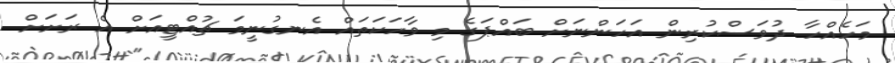
މަހެއްހާ ދުވަސްކުރިން އަހަންނަށް ބައްޕަގެ މި ވާހަކަތައް އެނގުނީމަ ޗުއްޓީއަށް އެ ރަށަށް